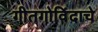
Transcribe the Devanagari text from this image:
गीतगोविंदाचे